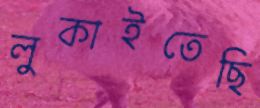
লুকাইতেছি